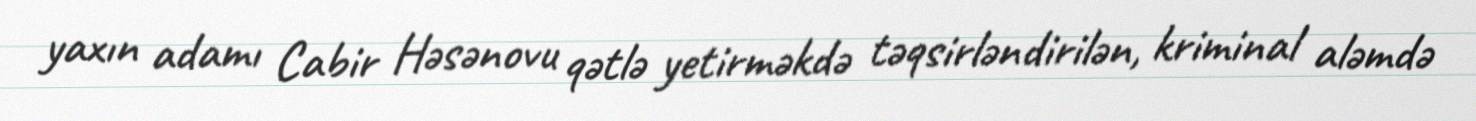
yaxın adamı Cabir Həsənovu qətlə yetirməkdə təqsirləndirilən, kriminal aləmdə